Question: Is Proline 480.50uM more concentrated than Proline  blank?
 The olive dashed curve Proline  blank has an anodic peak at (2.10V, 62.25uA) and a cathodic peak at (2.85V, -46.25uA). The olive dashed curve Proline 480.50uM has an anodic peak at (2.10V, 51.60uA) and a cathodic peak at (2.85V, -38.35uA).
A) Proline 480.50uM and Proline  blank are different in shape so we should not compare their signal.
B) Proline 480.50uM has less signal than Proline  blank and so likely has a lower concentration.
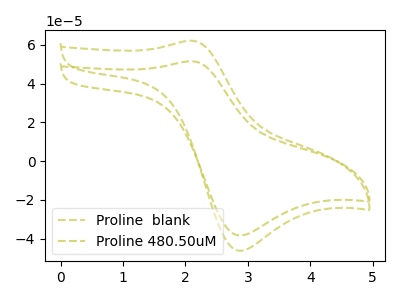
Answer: <think>All the peaks in "Proline 480.50uM" have a peak in "Proline  blank" at the same potential. Every peak in "Proline 480.50uM" is lower than every peak in "Proline  blank".
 </think>
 <answer>B) "Proline 480.50uM" has less signal than "Proline  blank" and so likely has a lower concentration.</answer>
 <eval>B</eval>